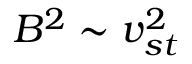
B ^ { 2 } \sim v _ { s t } ^ { 2 }